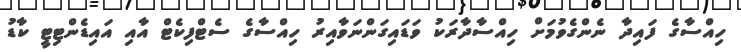
ހިއްސާގެ ފައިދާ ނެންގެވުމަށް ހިއްސާދާރަކު ވަޑައިގަންނަވާއިރު ހިއްސާގެ ސެޓްފިކެޓް އާއި އައިޑެންޓިޓީ ކާޑު